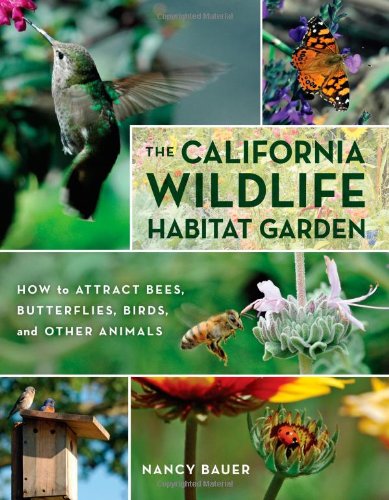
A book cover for The California Wildlife Habitat Garden: How to Attract Bees, Butterflies, Birds, and Other Animals; Nancy Bauer; Crafts, Hobbies & Home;